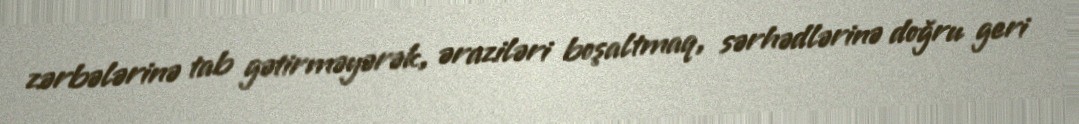
zərbələrinə tab gətirməyərək, əraziləri boşaltmaq, sərhədlərinə doğru geri